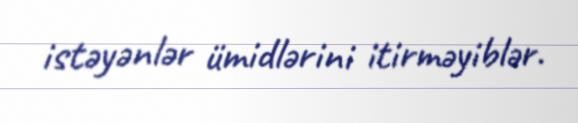
istəyənlər ümidlərini itirməyiblər.